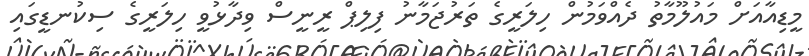
މީޑިއާއަށް މައުލޫމާތު ދެއްވަމުން ހިލަރީގެ ތަރުޖަމާނު ފިލިޕް ރީނީސް ވިދާޅުވީ ހިލަރީގެ ސިކުނޑީގައި